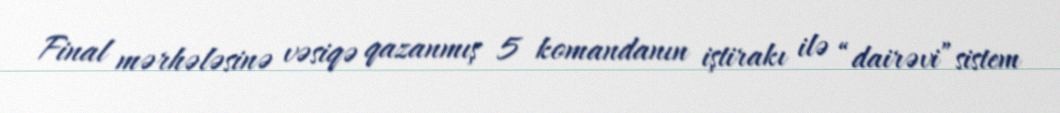
Final mərhələsinə vəsiqə qazanmış 5 komandanın iştirakı ilə “dairəvi”sistem